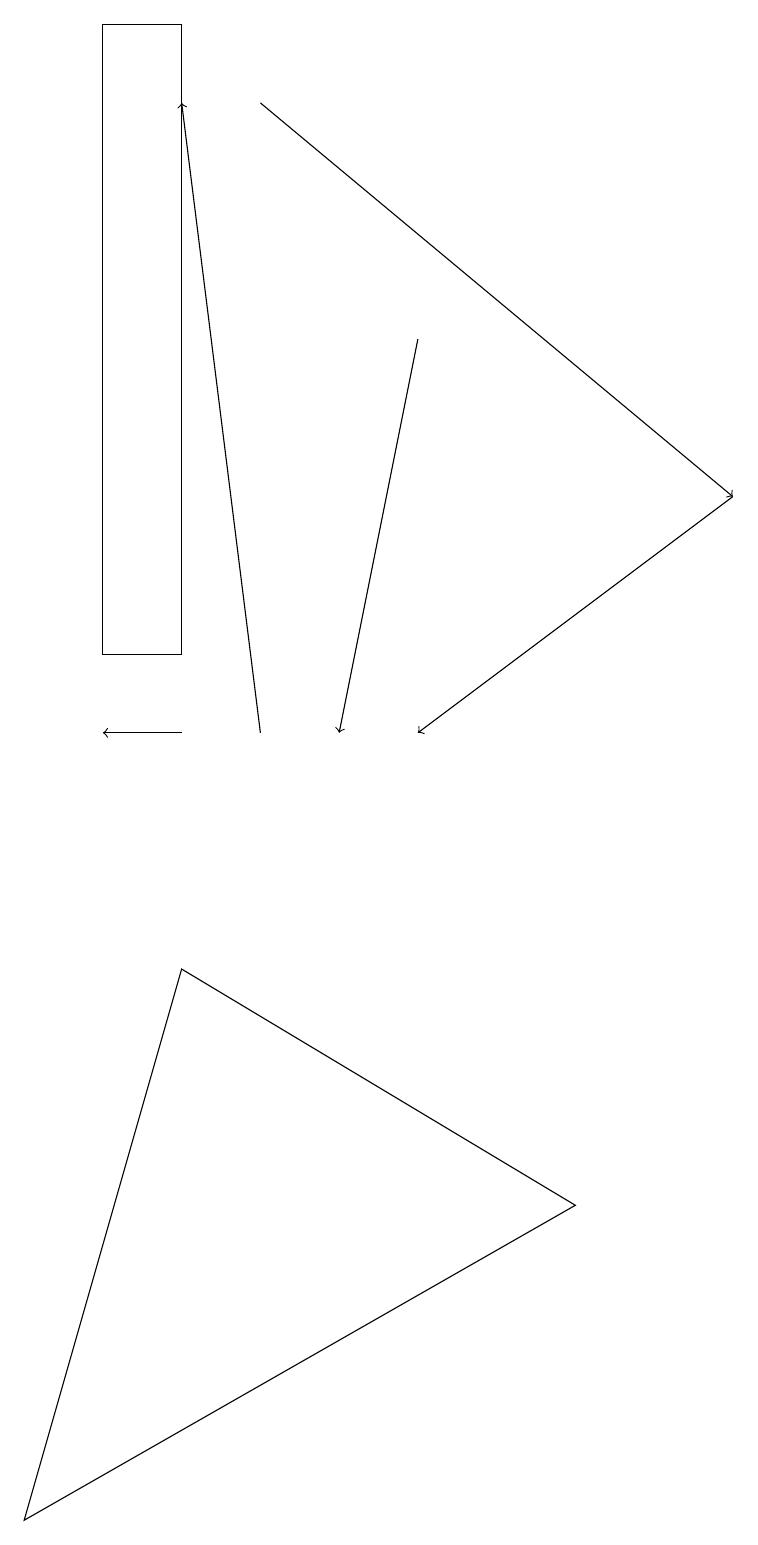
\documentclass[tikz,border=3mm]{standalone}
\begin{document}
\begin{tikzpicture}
\draw[->] (5,15) -- (4,10);
\draw[->] (3,18) -- (9,13);
\draw[->] (2,10) -- (1,10);
\draw (0,0) -- (2,7) -- (7,4) -- cycle;
\draw[->] (9,13) -- (5,10);
\draw (2,19) rectangle (1,11);
\draw[->] (3,10) -- (2,18);
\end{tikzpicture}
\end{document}